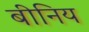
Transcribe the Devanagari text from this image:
बीनिय